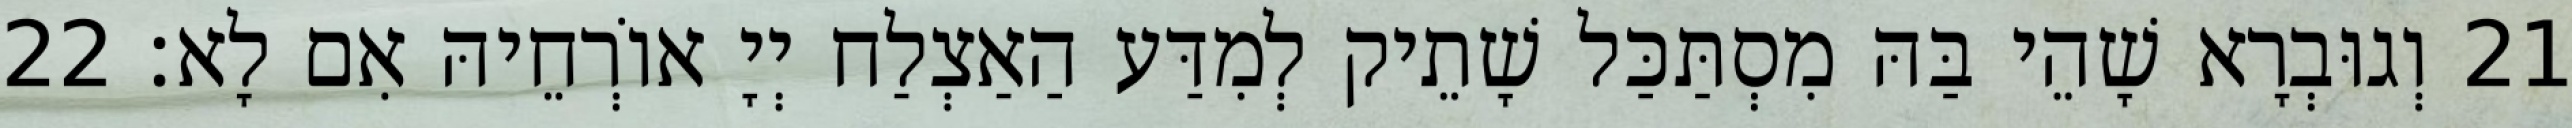
21 וְגוּבְרָא שָׁהֵי בַּהּ מִסְתַּכַּל שָׁתֵיק לְמִדַּע הַאַצְלַח יְיָ אוֹרְחֵיהּ אִם לָא׃ 22